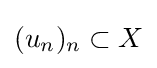
(u_{n})_{n}\subset X